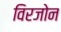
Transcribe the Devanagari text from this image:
विरजोन